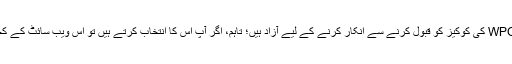
آپ ہمیشہ ہی اپنے براؤزر کی اجازت کے مطابق، WPO کی کوکیز کو قبول کرنے سے انکار کرنے کے لیے آزاد ہیں؛ تاہم، اگر آپ اس کا انتخاب کرتے ہیں تو اس ویب سائٹ کے کچھ فنکشنز مناسب طریقہ سے کام نہیں کرسکتے ہیں۔